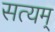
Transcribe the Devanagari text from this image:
सत्‍यम्